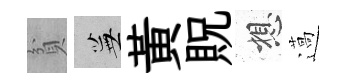
貧蕪黄貺想薖